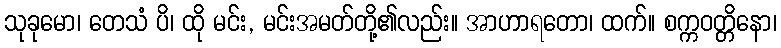
သုခုမော၊ တေသံ ပိ၊ ထို မင်း, မင်းအမတ်တို့၏လည်း။ အာဟာရတော၊ ထက်။ စက္ကဝတ္တိနော၊